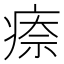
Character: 𤷈